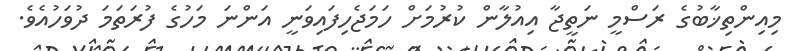
މިއިންތިޚާބުގެ ރަސްމީ ނަތީޖާ އިއުލާން ކުރުމަށް ހަމަޖެހިފައިވަނީ އަންނަ މަހުގެ ފުރަތަމަ ދުވަހުއެވެ.